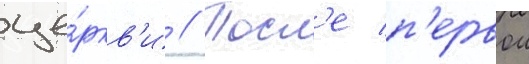
це́ркв'и // Посл'е п'ервои